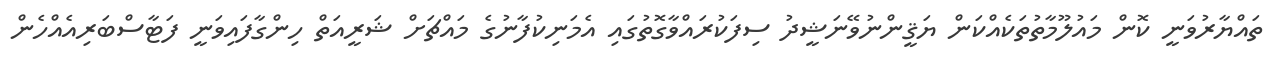
ތައްޔާރުވަނީ ކޮން މައުލޫމާތުތަކެއްކަން ޔަޤީންނުވޭނަޝީދު ސިފަކުރައްވާގޮތުގައި އެމަނިކުފާނުގެ މައްޗަށް ޝަރީއަތް ހިންގާފައިވަނީ ފަޓާސްބަރިއެއްހެން